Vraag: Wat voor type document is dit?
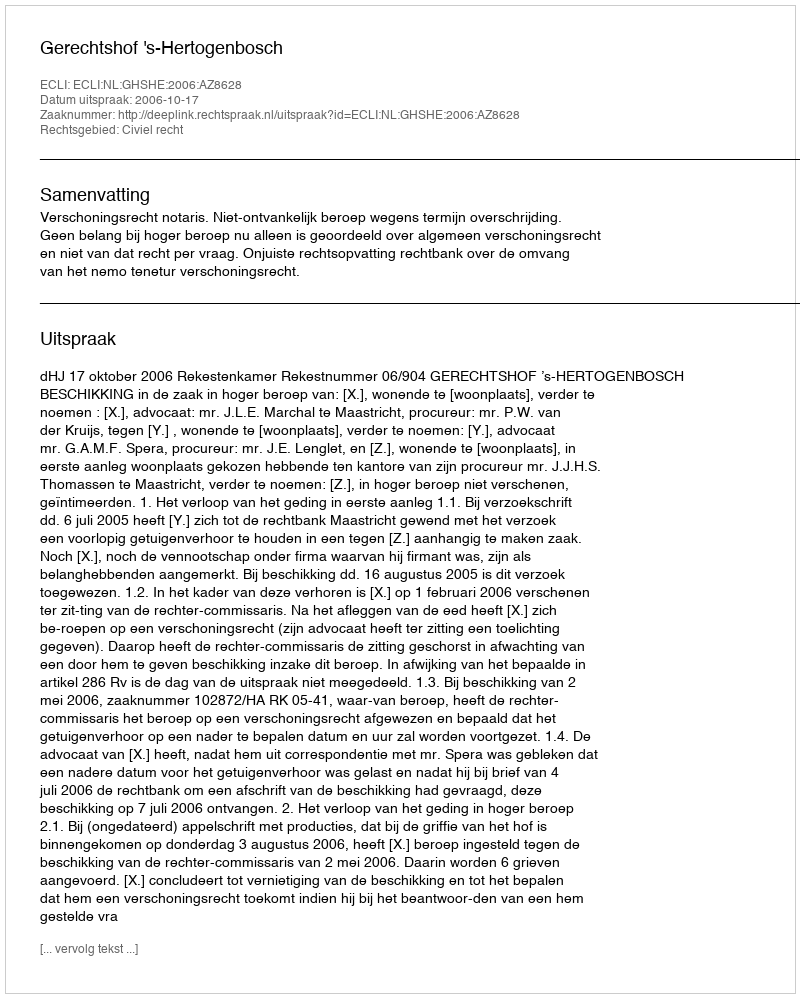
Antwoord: Uitspraak